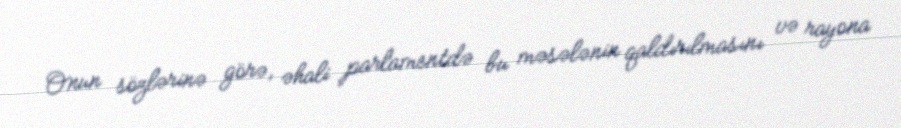
Onun sözlərinə görə, əhali parlamentdə bu məsələnin qaldırılmasını və rayona